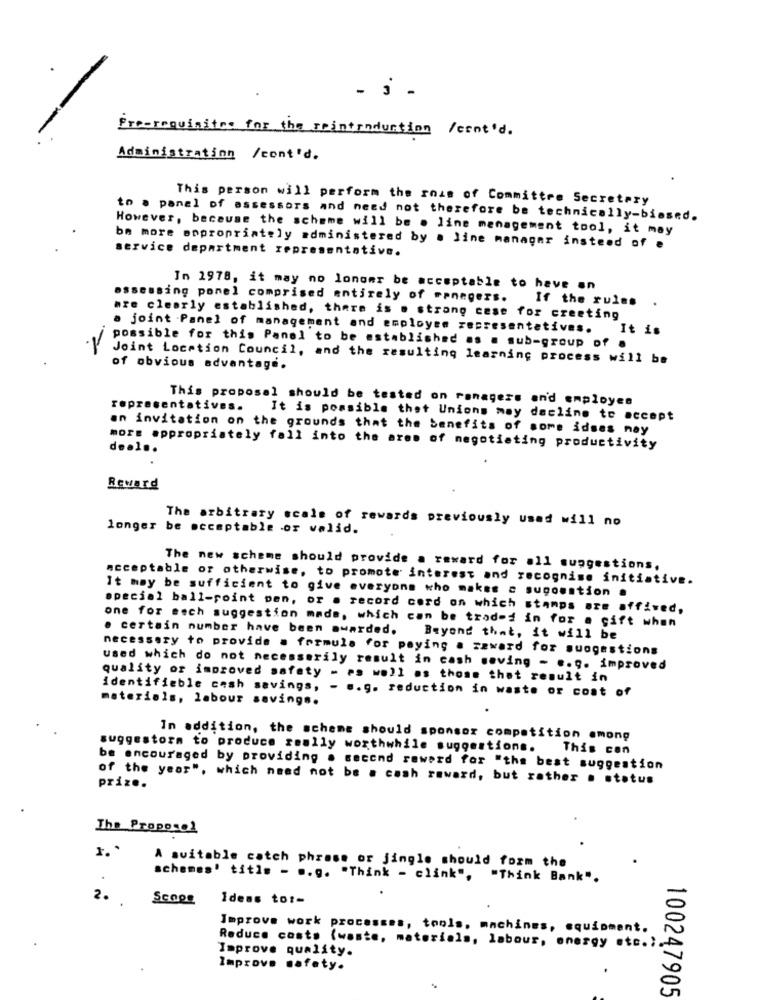
- i -
Freerequisitos for the reintroduction /cont'd.
Administration /cont'd.
This person will perform the role of Committee Secretary
to a panel of assessors and need not therefore be technically-biased.
However, because the scheme will be . line management tool, it may
be more appropriately administered by . line manager instead of e
service department representative.
In 1978, it may no longer be acceptable to have an
assessing ponel comprised entirely of managers. If the rules
are clearly established, there is . strong cese for creating
a joint Panel of management and employee representatives. It is
possible for this Panel to be established as a sub-group of .
Joint Location Council, and the resulting learning process will be
of obvious advantage.
This proposal should be tested on ranagers an'd employes
representatives.
It is possible thet Unions may decline to accept
an invitation on the grounds that the benefits of some idses nay
mors appropriately fall into the arem of negotiating productivity
deel ..
.
Reward
The arbitrary scale of rewards previously usad will no
longer be acceptable .or valid.
The new scheme should provide a reward for all suggestions,
acceptable or otherwise, to promote interest and recognise initiative.
It may be sufficient to give everyone who makes a sugoustion .
special ball-point pen, or . record cord on which stamps are affived,
one for each suggestion made, which can be traded in for a gift when
. certain number have been awarded.
Beyond that, it will be
necessary to provide a formula for paying a zaward for suogestions
used which do not necessarily result in cash moving - e.g. improved
quality or improved safety - es well as those that result in
identifiable cash savings,
.. 9. reduction in waste of cost of
materials, labour savings.
In addition, the scheme should sponsor competition emong
suggestorm to produce really worthwhile suggestions. This con
be encouraged by providing . secend reward for "the best suggestion
of the year", which need not be a cash reward, but rather . status
prize.
The Proposal
1. "
A suitable catch phrase or jingle should form the
schemes' title - .. g. "Think - clink", "Think Bank".
2.
Ideas to :-
Improve work processes, tools. machines, equipment.
Improve quality.
Reduce costs (waste, materials, labour, energy etc.).
Improve safety.
100247905